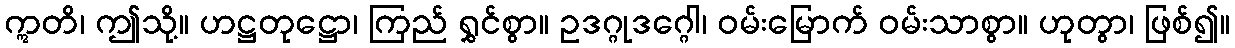
ဣတိ၊ ဤသို့။ ဟဋ္ဌတုဋ္ဌော၊ ကြည် ရွှင်စွာ။ ဥဒဂ္ဂုဒဂ္ဂေါ၊ ဝမ်းမြောက် ဝမ်းသာစွာ။ ဟုတွာ၊ ဖြစ်၍။